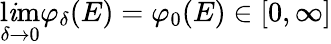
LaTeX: \operatorname*{l\mathit{i}m}_{\delta\rightarrow0}\varphi_{\delta}(E)=\varphi_{0}(E)\in[0,\infty]